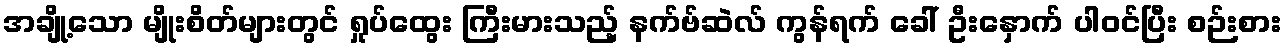
အချို့သော မျိုးစိတ်များတွင် ရှုပ်ထွေး ကြီးမားသည့် နက်ဗ်ဆဲလ် ကွန်ရက် ခေါ် ဦးနှောက် ပါဝင်ပြီး စဉ်းစား